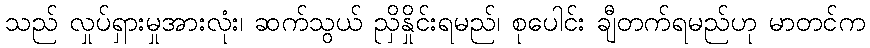
သည် လှုပ်ရှားမှုအားလုံး၊ ဆက်သွယ် ညှိနှိုင်းရမည်၊ စုပေါင်း ချီတက်ရမည်ဟု မာတင်က